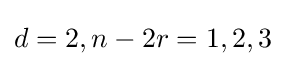
d=2,n-2r=1,2,3